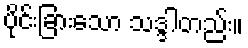
ပိုင်းခြားသော သဒ္ဒါတည်း။